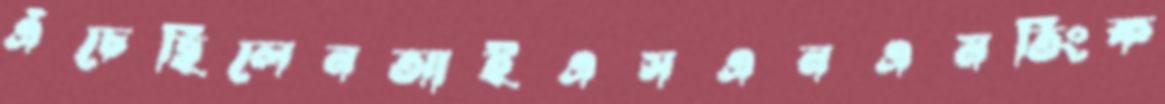
এঁচেছিলেনআইএসএনএমতিংক